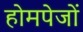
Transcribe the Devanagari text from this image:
होमपेजों